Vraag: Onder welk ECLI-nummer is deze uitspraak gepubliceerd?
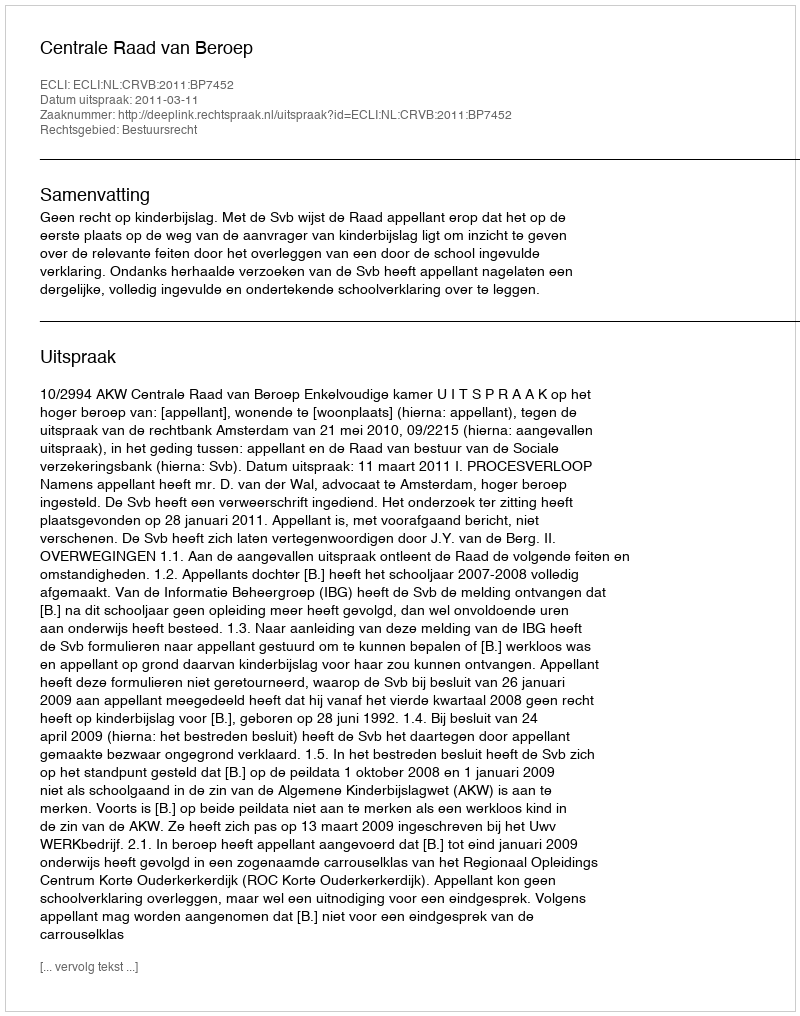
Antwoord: ECLI:NL:CRVB:2011:BP7452